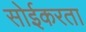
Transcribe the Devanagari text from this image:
सोईकरता